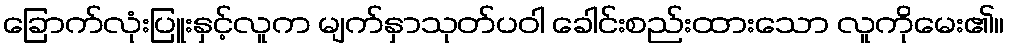
ခြောက်လုံးပြူးနှင့်လူက မျက်နှာသုတ်ပဝါ ခေါင်းစည်းထားသော လူကိုမေး၏။